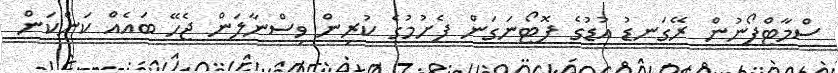
ސްމާޓްފޯނުން ރޭގަނޑު އުޑުގެ ފޮޓޯނަގަން ފެށުމުގެ ކުރިން ވިސްނާލަން ޖެހޭ ބައެއް ކަންކަން